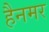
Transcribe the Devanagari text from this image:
हैनमर